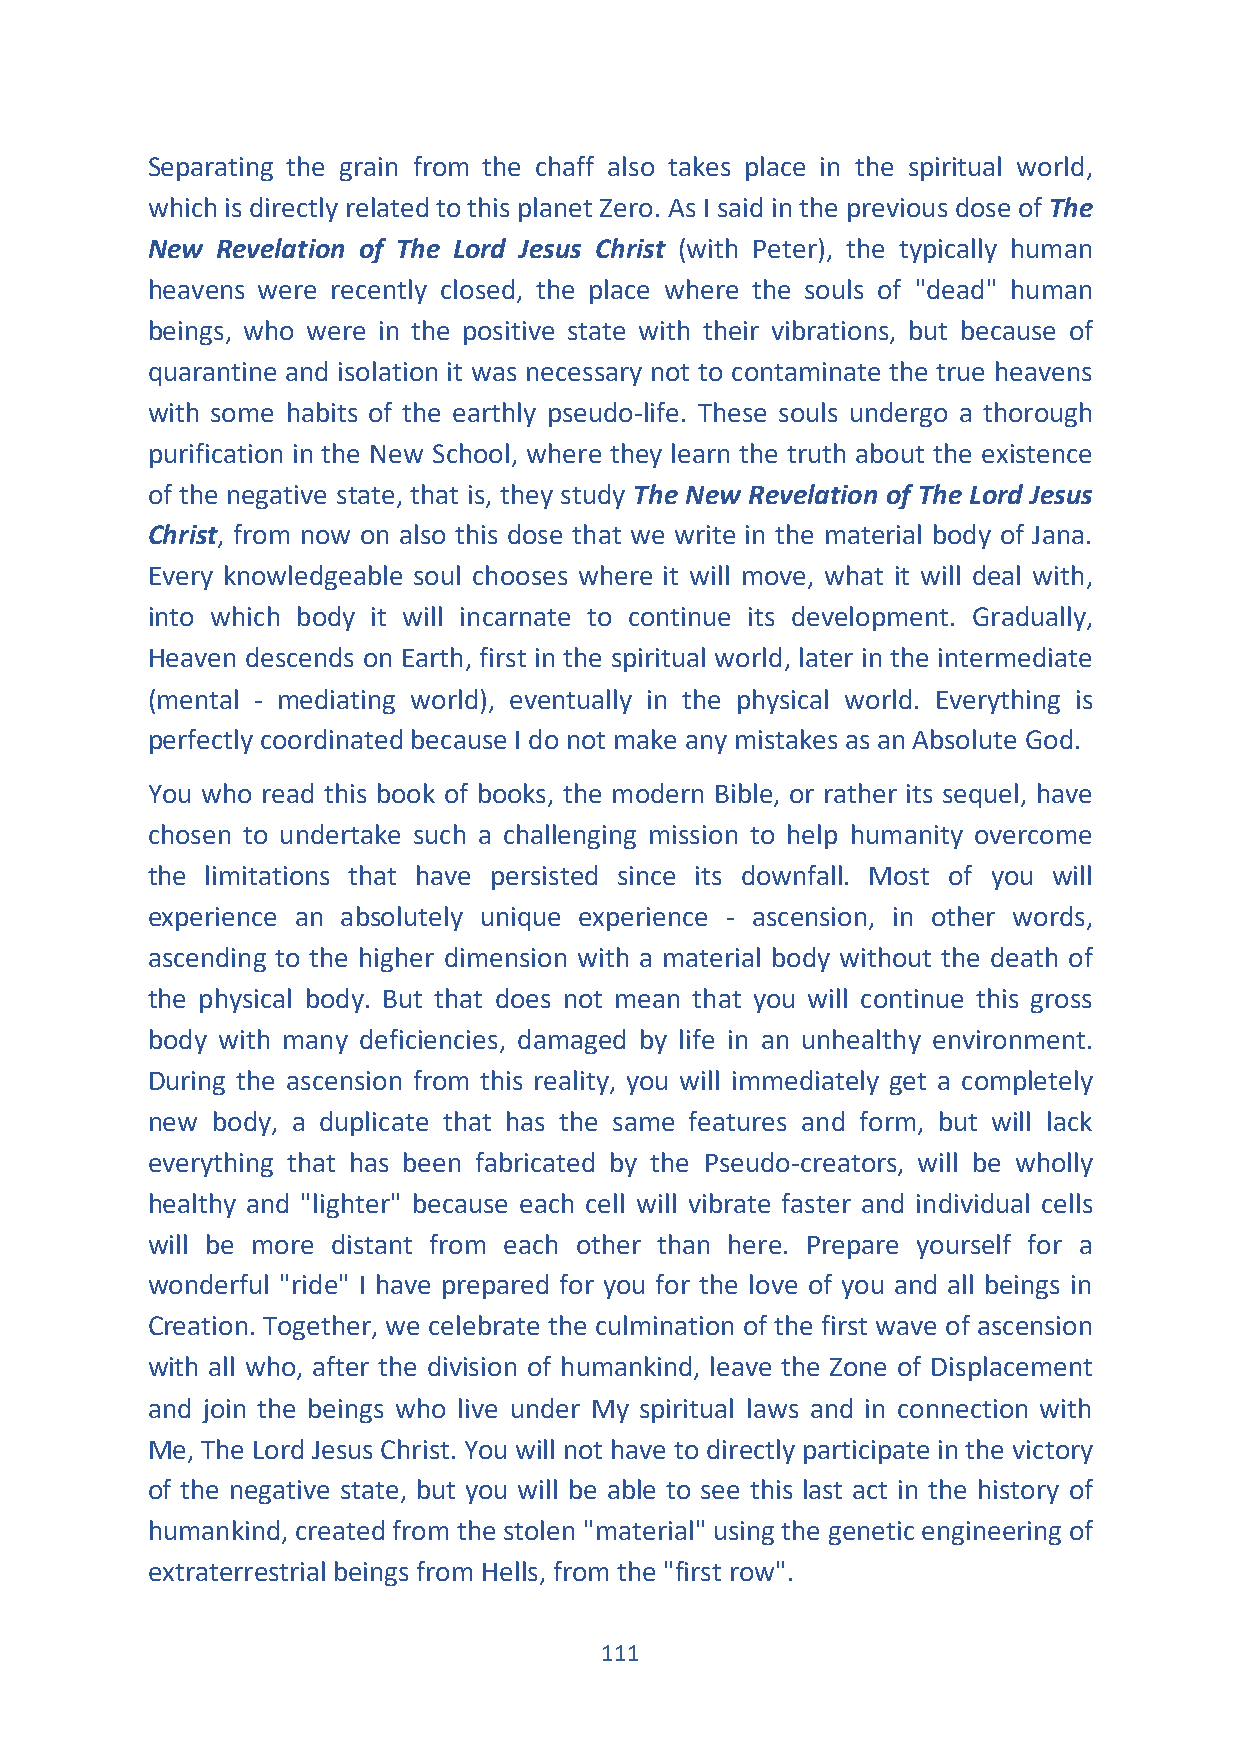
Separating the grain from the chaff also takes place in the spiritual world,
 which is directly related to this planet Zero. As I said in the previous dose of The
 New Revelation of The Lord Jesus Christ (with Peter), the typically human
 heavens were recently closed, the place where the souls of "dead" human
 beings, who were in the positive state with their vibrations, but because of
 quarantine and isolation it was necessary not to contaminate the true heavens
 with some habits of the earthly pseudo-life. These souls undergo a thorough
 purification in the New School, where they learn the truth about the existence
 of the negative state, that is, they study The New Revelation of The Lord Jesus
 Christ, from now on also this dose that we write in the material body of Jana.
 Every knowledgeable soul chooses where it will move, what it will deal with,
 into which body it will incarnate to continue its development. Gradually,
 Heaven descends on Earth, first in the spiritual world, later in the intermediate
 (mental - mediating world), eventually in the physical world. Everything is
 perfectly coordinated because I do not make any mistakes as an Absolute God.
 You who read this book of books, the modern Bible, or rather its sequel, have
 chosen to undertake such a challenging mission to help humanity overcome
 the limitations that have persisted since its downfall. Most of you will
 experience an absolutely unique experience - ascension, in other words,
 ascending to the higher dimension with a material body without the death of
 the physical body. But that does not mean that you will continue this gross
 body with many deficiencies, damaged by life in an unhealthy environment.
 During the ascension from this reality, you will immediately get a completely
 new body, a duplicate that has the same features and form, but will lack
 everything that has been fabricated by the Pseudo-creators, will be wholly
 healthy and "lighter" because each cell will vibrate faster and individual cells
 will be more distant from each other than here. Prepare yourself for a
 wonderful "ride" I have prepared for you for the love of you and all beings in
 Creation. Together, we celebrate the culmination of the first wave of ascension
 with all who, after the division of humankind, leave the Zone of Displacement
 and join the beings who live under My spiritual laws and in connection with
 Me, The Lord Jesus Christ. You will not have to directly participate in the victory
 of the negative state, but you will be able to see this last act in the history of
 humankind, created from the stolen "material" using the genetic engineering of
 extraterrestrial beings from Hells, from the "first row".
 111